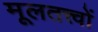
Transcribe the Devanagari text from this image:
मूलतत्त्वों